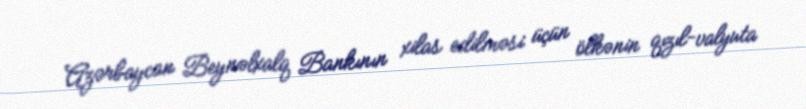
Azərbaycan Beynəlxalq Bankının xilas edilməsi üçün ölkənin qızıl-valyuta